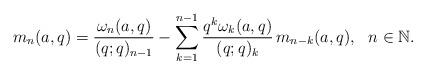
LaTeX: \begin{align*}m_{n}(a,q)=\frac{\omega_{n}(a,q)}{(q;q)_{n-1}}-\sum_{k=1}^{n-1}\frac{q^{k}\omega_{k}(a,q)}{(q;q)_{k}}\, m_{n-k}(a,q),\ \ n\in\mathbb{N}.\end{align*}